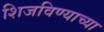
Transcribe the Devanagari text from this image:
शिजविण्याच्या